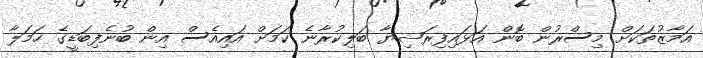
އަމާޒުތަކަށް މިސްރުން ބޮން އަޅައިފިރަޝިޔާ ބަލިކުރާނެ ކަމަށް އައިއެސް އިން ބުނެފިބަޑީގެ ހަމަލާ